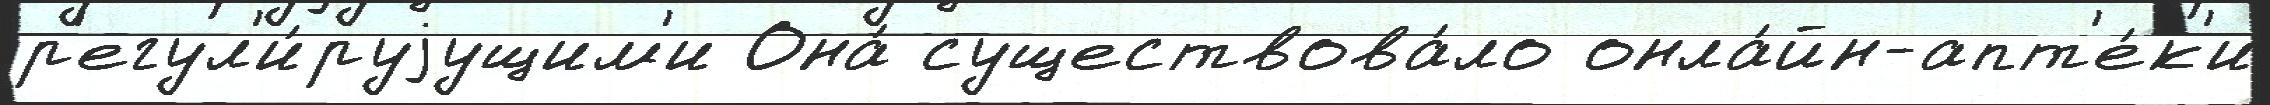
р'егул'и́руjущим'и Она́ существова́ло онла́йн-апт'е́к'и